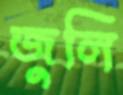
জুলি